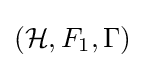
({\mathcal {H}},F_{1},\Gamma )